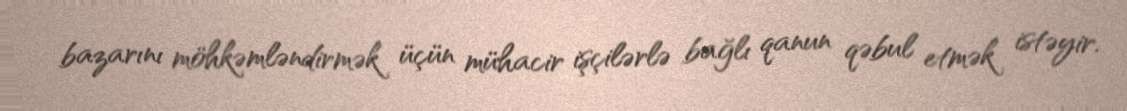
bazarını möhkəmləndirmək üçün mühacir işçilərlə bağlı qanun qəbul etmək istəyir.